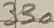
Text: 330